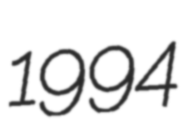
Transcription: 1994